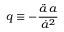
q \equiv - { \frac { { \ddot { a } } \, a } { { \dot { a } } ^ { 2 } } }